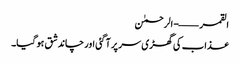
القمر ——- الرحمٰن
عذاب کی گھڑی سر پر آ گئی اور چاند شق ہو گیا۔